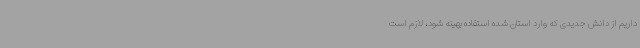
داریم از دانش جدیدی که وارد استان شده استفاده بهینه شود، لازم است